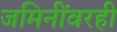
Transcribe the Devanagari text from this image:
जमिनींवरही